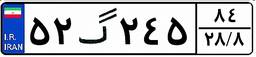
۵۲گ۲۴۵۸۴